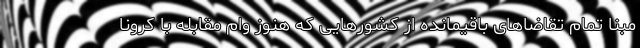
مبنا تمام تقاضاهای باقیمانده از کشورهایی که هنوز وام مقابله با کرونا